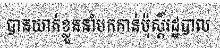
បានឃាត់ខ្លួននាំមកកាន់ប៉ុស្តិ៍រដ្ឋបាល